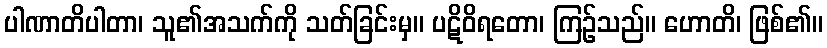
ပါဏာတိပါတာ၊ သူ၏အသက်ကို သတ်ခြင်းမှ။ ပဋိဝိရတော၊ ကြဉ်သည်။ ဟောတိ၊ ဖြစ်၏။